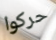
حركوا